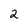
Character: 2